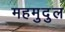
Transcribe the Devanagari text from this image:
महमुदुल